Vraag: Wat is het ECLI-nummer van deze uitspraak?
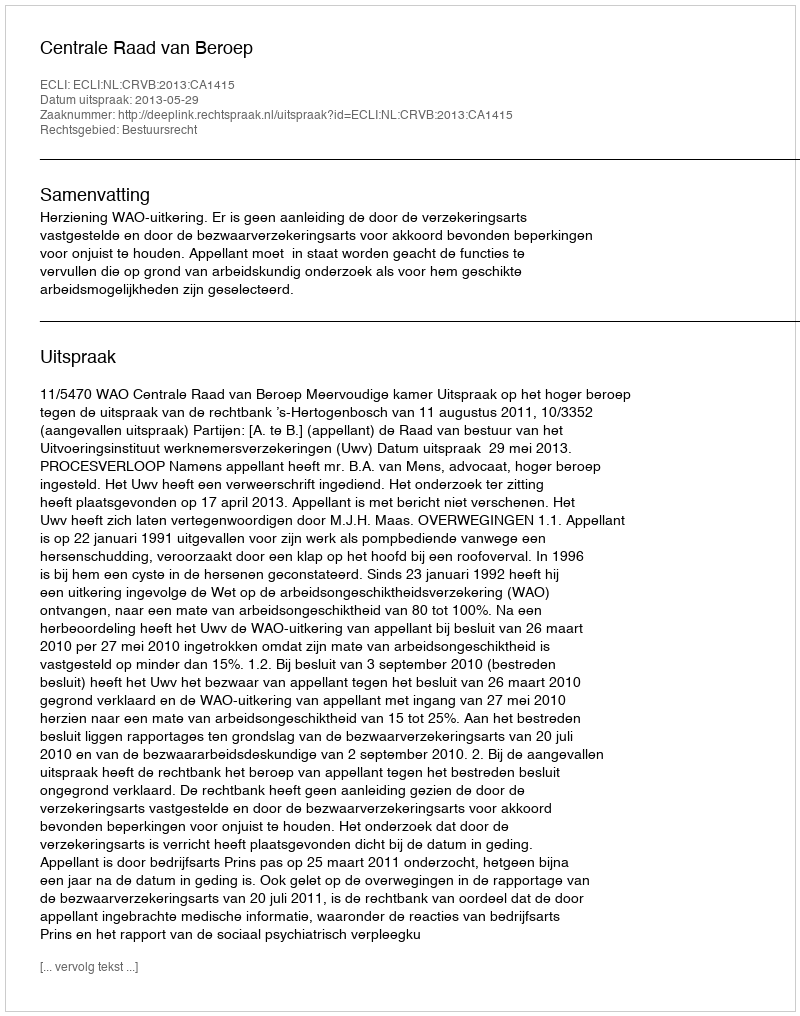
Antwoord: ECLI:NL:CRVB:2013:CA1415